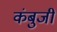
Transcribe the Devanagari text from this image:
कंबुजी